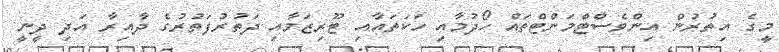
މީގެ އިތުރުން އިންވެސްޓްމަންޓްތައް ހޯދުމާއި ހަކަތައާއި ޓޫރިޒަމާއި ދަތުރުފަތުރުގެ ދާއިރާ އަދި ދީނީ